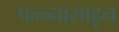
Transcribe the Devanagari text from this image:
पन्‍न्‍नासाहून